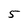
Character: 5